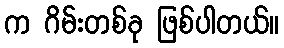
က ဂိမ်းတစ်ခု ဖြစ်ပါတယ်။